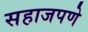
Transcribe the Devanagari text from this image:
सहाजपणे